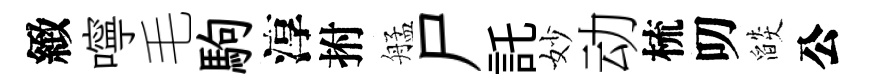
緻嚀毛駒淳拊艋尸託妙动梳叨燄公